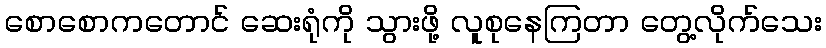
စောစောကတောင် ဆေးရုံကို သွားဖို့ လူစုနေကြတာ တွေ့လိုက်သေး